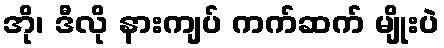
အို၊ ဒီလို နားကျပ် ကက်ဆက် မျိုးပဲ